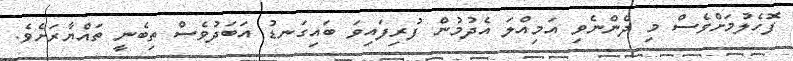
ފޮހެލުމަށްވެސް މި ދެންނެވި އަމިއްލަ އެދުމުން ފުރިފައިވަ ބައިގަނޑު އަބަދުވެސް ތިބެނީ ތައްޔާރަށެވެ.